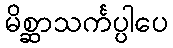
မိစ္ဆာသင်္ကပ္ပါပေ